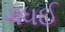
ગધઈ